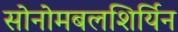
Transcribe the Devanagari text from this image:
सोनोमबलशिर्यिन